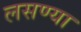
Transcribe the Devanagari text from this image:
लसण्या